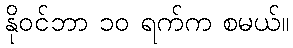
နိုဝင်ဘာ ၁၀ ရက်က စမယ်။